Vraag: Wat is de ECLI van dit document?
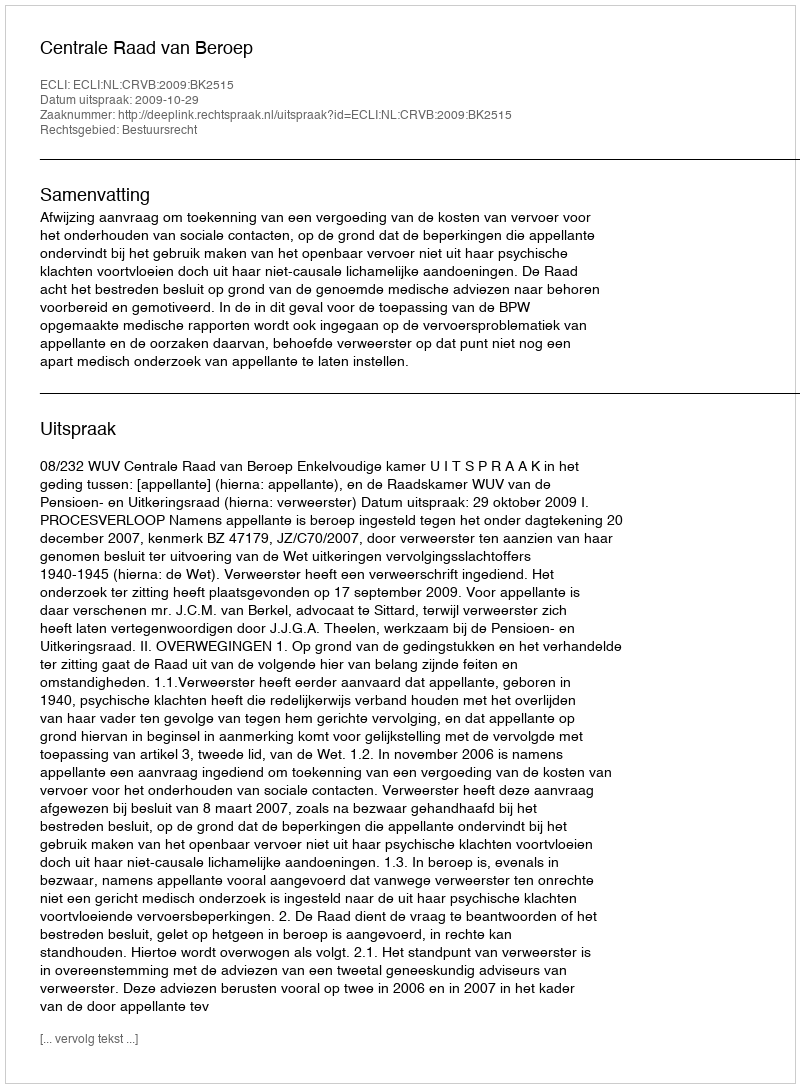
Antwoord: ECLI:NL:CRVB:2009:BK2515